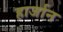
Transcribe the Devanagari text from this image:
हार्जान